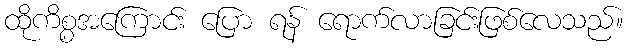
ထိုကိစ္စအကြောင်း ပြော ရန် ရောက်လာခြင်းဖြစ်လေသည်။